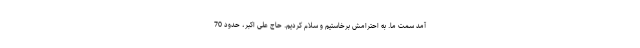
آمد سمت ما. به احترامش برخاستیم و سلام کردیم. حاج علی اکبر، حدود 70